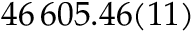
4 6 \, 6 0 5 . 4 6 ( 1 1 )